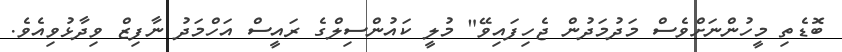
ބޮޑެތި މީހުންނަށްވެސް މަދުމަދުން ޖެހިފައިވޭ" މުލީ ކައުންސިލްގެ ރައީސް އަހްމަދު ނާފިޒް ވިދާޅުވިއެވެ.